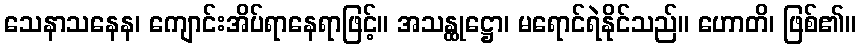
သေနာသနေန၊ ကျောင်းအိပ်ရာနေရာဖြင့်။ အသန္ထုဋ္ဌော၊ မရောင်ရဲနိုင်သည်။ ဟောတိ၊ ဖြစ်၏။